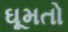
ઘૂમતો